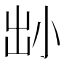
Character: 𡭧